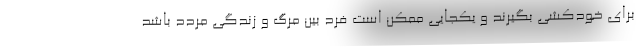
برای خودکشی بگیرند و یکجایی ممکن است فرد بین مرگ و زندگی مردد باشد